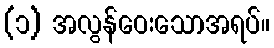
(၁) အလွန်ဝေးသောအရပ်။